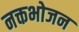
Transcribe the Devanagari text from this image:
नक्तभोजन